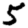
Digit: 5